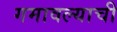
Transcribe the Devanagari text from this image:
गमावल्याची